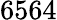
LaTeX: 6564